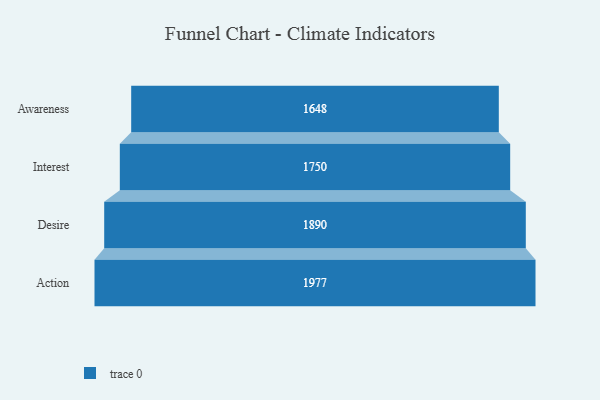
{"axis": {"x": "Stage", "y": "Value"}, "legend": [""], "data": [{"x": "Awareness", "y": 1648.0, "type": ""}, {"x": "Interest", "y": 1750.0, "type": ""}, {"x": "Desire", "y": 1890.0, "type": ""}, {"x": "Action", "y": 1977.0, "type": ""}]}